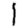
Digit: 1